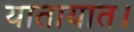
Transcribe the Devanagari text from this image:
यातायात।